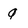
Character: Q